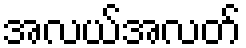
အလယ်အလတ်